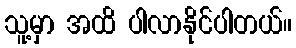
သူ့မှာ အထိ ပါလာနိုင်ပါတယ်။